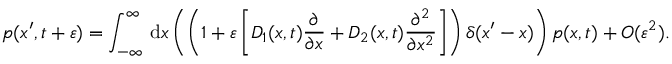
p ( x ^ { \prime } , t + \varepsilon ) = \int _ { - \infty } ^ { \infty } \, \mathrm { d } x \left( \left( 1 + \varepsilon \left[ D _ { 1 } ( x , t ) { \frac { \partial } { \partial x } } + D _ { 2 } ( x , t ) { \frac { \partial ^ { 2 } } { \partial x ^ { 2 } } } \right] \right) \delta ( x ^ { \prime } - x ) \right) p ( x , t ) + O ( \varepsilon ^ { 2 } ) .